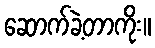
ဆောက်ခဲ့တာကိုး။